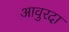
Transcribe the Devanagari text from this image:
आवुरदा